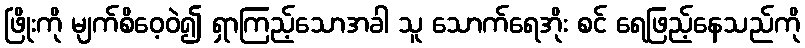
ဖြိုးကို မျက်စိဝေ့ဝဲ၍ ရှာကြည့်သောအခါ သူ သောက်ရေအိုး စင် ရေဖြည့်နေသည်ကို